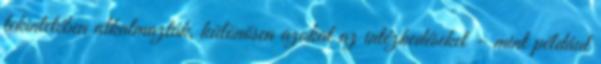
tekintetében alkalmazták, különösen azokat az intézkedéseket – mint például